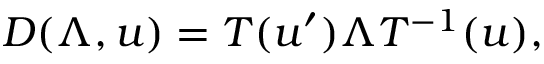
D ( \Lambda , u ) = T ( u ^ { \prime } ) \Lambda T ^ { - 1 } ( u ) ,